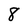
Character: 8